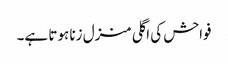
فواحش کی اگلی منزل زنا ہوتا ہے۔